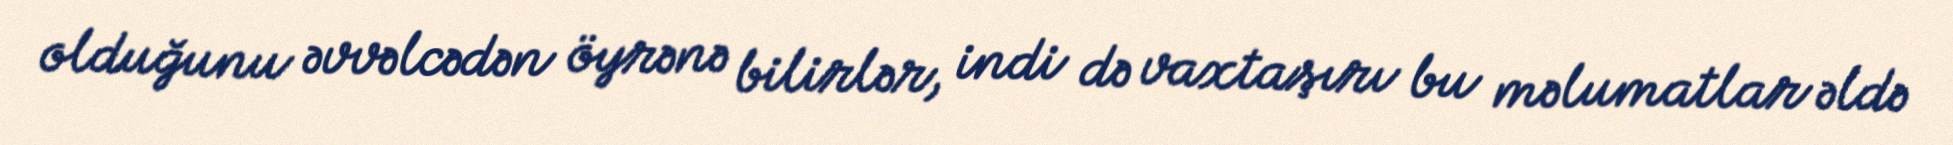
olduğunu əvvəlcədən öyrənə bilirlər, indi də vaxtaşırı bu məlumatlar əldə